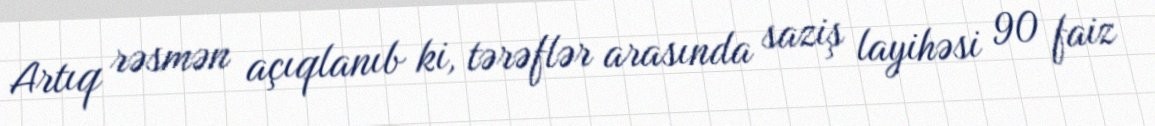
Artıq rəsmən açıqlanıb ki, tərəflər arasında saziş layihəsi 90 faiz